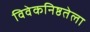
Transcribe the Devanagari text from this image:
विवेकनिष्ठतेला